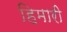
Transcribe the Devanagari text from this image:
हिमारी